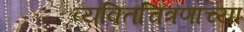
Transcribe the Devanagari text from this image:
व्यक्तिचित्रणाच्या